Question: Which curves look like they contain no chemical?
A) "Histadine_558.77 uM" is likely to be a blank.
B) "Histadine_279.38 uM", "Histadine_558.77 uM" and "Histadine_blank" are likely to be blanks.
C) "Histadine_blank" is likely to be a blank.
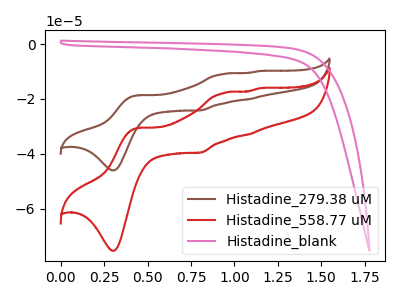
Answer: <think>The brown curve "Histadine_279.38 uM" has anodic peaks at (0.45V, -18.70uA) (0.95V, -10.90uA) (1.10V, -20.10uA) (1.15V, -9.85uA) and cathodic peaks at (0.30V, -46.05uA) (0.80V, -24.20uA). The red curve "Histadine_558.77 uM" has anodic peaks at (0.45V, -30.55uA) (0.95V, -17.85uA) (1.10V, -32.95uA) (1.15V, -16.10uA) and cathodic peaks at (0.30V, -75.35uA) (0.80V, -39.60uA). The pink curve "Histadine_blank" has no peaks.</think>
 <answer>C) "Histadine_blank" is likely to be a blank.</answer>
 <eval>C</eval>